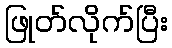
ဖြုတ်လိုက်ပြီး